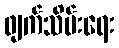
ဖျက်သိမ်းရေး